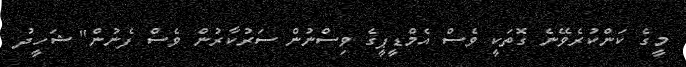
މީގެ ކަންކުރެވޭނެ ގޮތަކީ ވެސް އެމްޑީޕީގެ ވިސްނުން ސަރުކާރުން ވެސް ފެނުން" ޝަހީދު